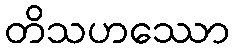
တိသဟဿော